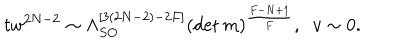
t w ^ { 2 N - 2 } \sim \Lambda _ { S O } ^ { [ 3 ( 2 N - 2 ) - 2 F ] } \left( \det m \right) ^ { \frac { F - N + 1 } { F } } , \; \; v \sim 0 .